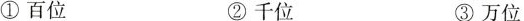
①百位 ②千位 ③万位